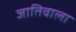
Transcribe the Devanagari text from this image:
जातिवाला